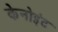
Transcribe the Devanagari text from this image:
केनोइंट